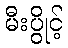
မီးပွိုင့်